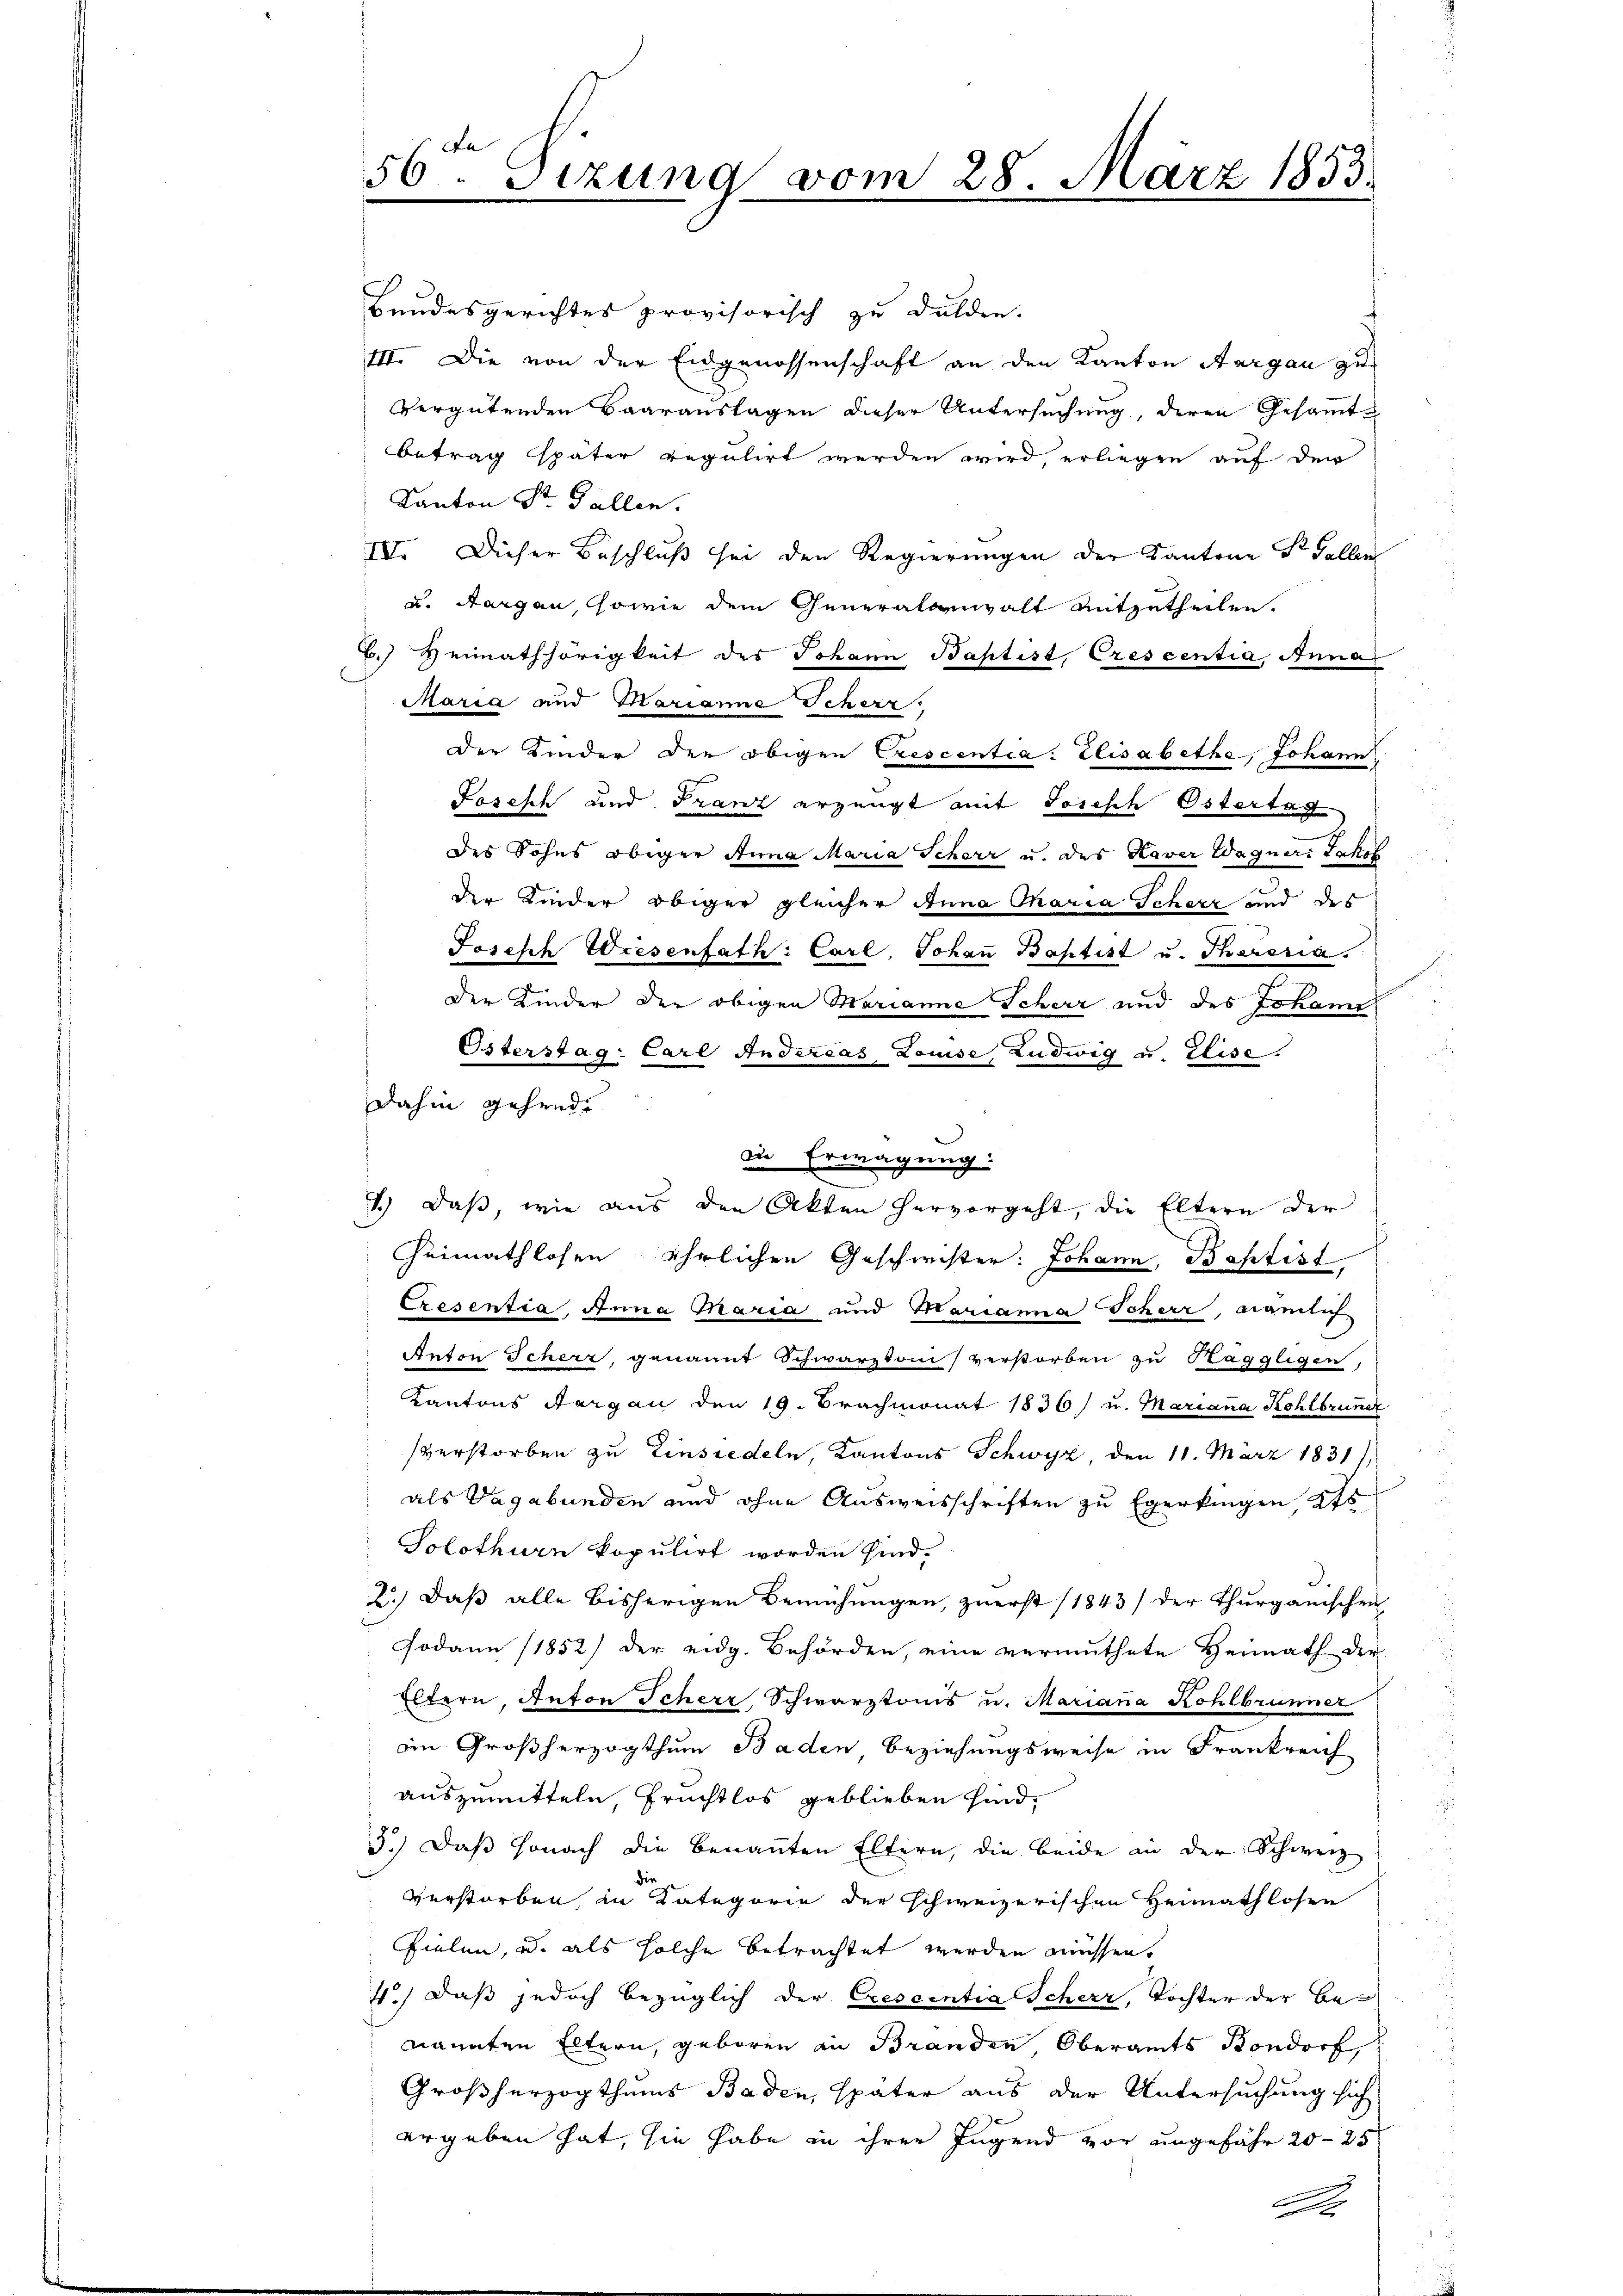
Bundesgerichtes provisorisch zu dulden.
III. Die von der Eidgenossenschaft an den Kanton Aargau zu¬
Vergütenden Baarauslagen dieser Untersuchung, deren Gesammt
betrag später regulirt werden wird, erliegen auf den
Kanton Dr. Gallen.
IV. Dieser Beschluß sei den Regierungen der Kantone St. Gallen
u. Aargau, sowie dem Generalanwalt mitzutheilen.
B.) Heimathörigkeit des Johann Baptist, Crescentia, Anna
Maria und Marianne Scherz.
der Kinder der obigen Crescentia Elisabethe, Johann
Josisch und Franz erzeugt mit Josisch Ostertag
des Sohns obiger Anna Maria Scherr u. des Haver Wagners Jakol
der Kinder obiger gleicher Anna Charia Scherz und des
Joseph Wiesenfath: Carl. Johaṅ Baptist u. Thereria
Der Kinder der obigen Marianne Scherz und des Johann
Österstag: Carl Andereas Louise, Ludwig u. Elise.
dahin gehende
du Erwägung:
1.) Daß, wie aus den Akten hervorgeht, die Eltern der
Heimathlosen ehrlichen Geschwister: Johann, Baptist,
Exesentia, Anna Maria und Marianna Scherr, nämlich
Anton Scherz, genannt Schwarztoni verstorben zu Käggligen,
Kantons Bergan den 19. Brachmonat 1836 u. Mariana Kohlbrune
verstorben zu Einsiedeln, Kantons Schwyz, den 11. März 1831
als Vagabunden und ohne Ausweisschriften zu Egerkingen, Kts
Solothurn kopulirt worden sind.
2.) Daß alle bisherigen Bemühungen, zuerst (1843) der Thurgauischen
Jodann (1852) der eidg. Behörden, eine vermuthete Heimath der
Eltern, Anton Scherz, Schwarztonis u. Mariana Kohlbrunner
em Großherzogthum Baden Beziehungsweise in Frankreich
auszumitteln Pruchtlos geblieben sind,
3.) Daß sonach die benannten Eltern, die beide an der Schweiz
di
verstorben, in Kategorie der schweizerischen Heimathlosen
fielen, u. als solche betrachtet werden müssen.
4.) Daß jedoch bezüglich der Crescentia Scheer, Tochter der Benannten Eltern, geboren in Branden Oberamts Bondorf,
Großherzogthums Baden, später aus der Untersuchung sich
ergeben hat, sie habe in ihrer Jugend vor ungefähr 20–25
A

56ten Sizung vom 28. März 1853.